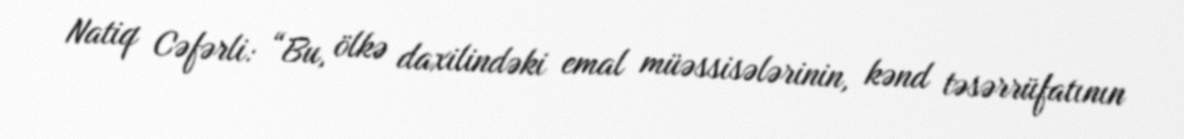
Natiq Cəfərli: “Bu, ölkə daxilindəki emal müəssisələrinin, kənd təsərrüfatının